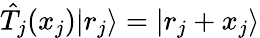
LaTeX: {\hat{T}}_{j}(x_{j})|r_{j}\rangle=|r_{j}+x_{j}\rangle